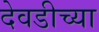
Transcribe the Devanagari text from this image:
देवडीच्या